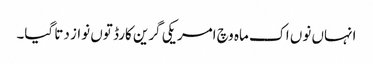
انہاں نو‏ں اک ماہ وچ امریکی گرین کارڈ تو‏ں نواز دتا گیا۔